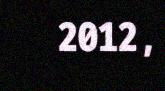
2012,